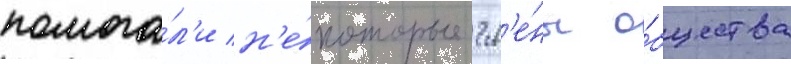
помога́л'и н'е́которые чл'е́ны о́бщества